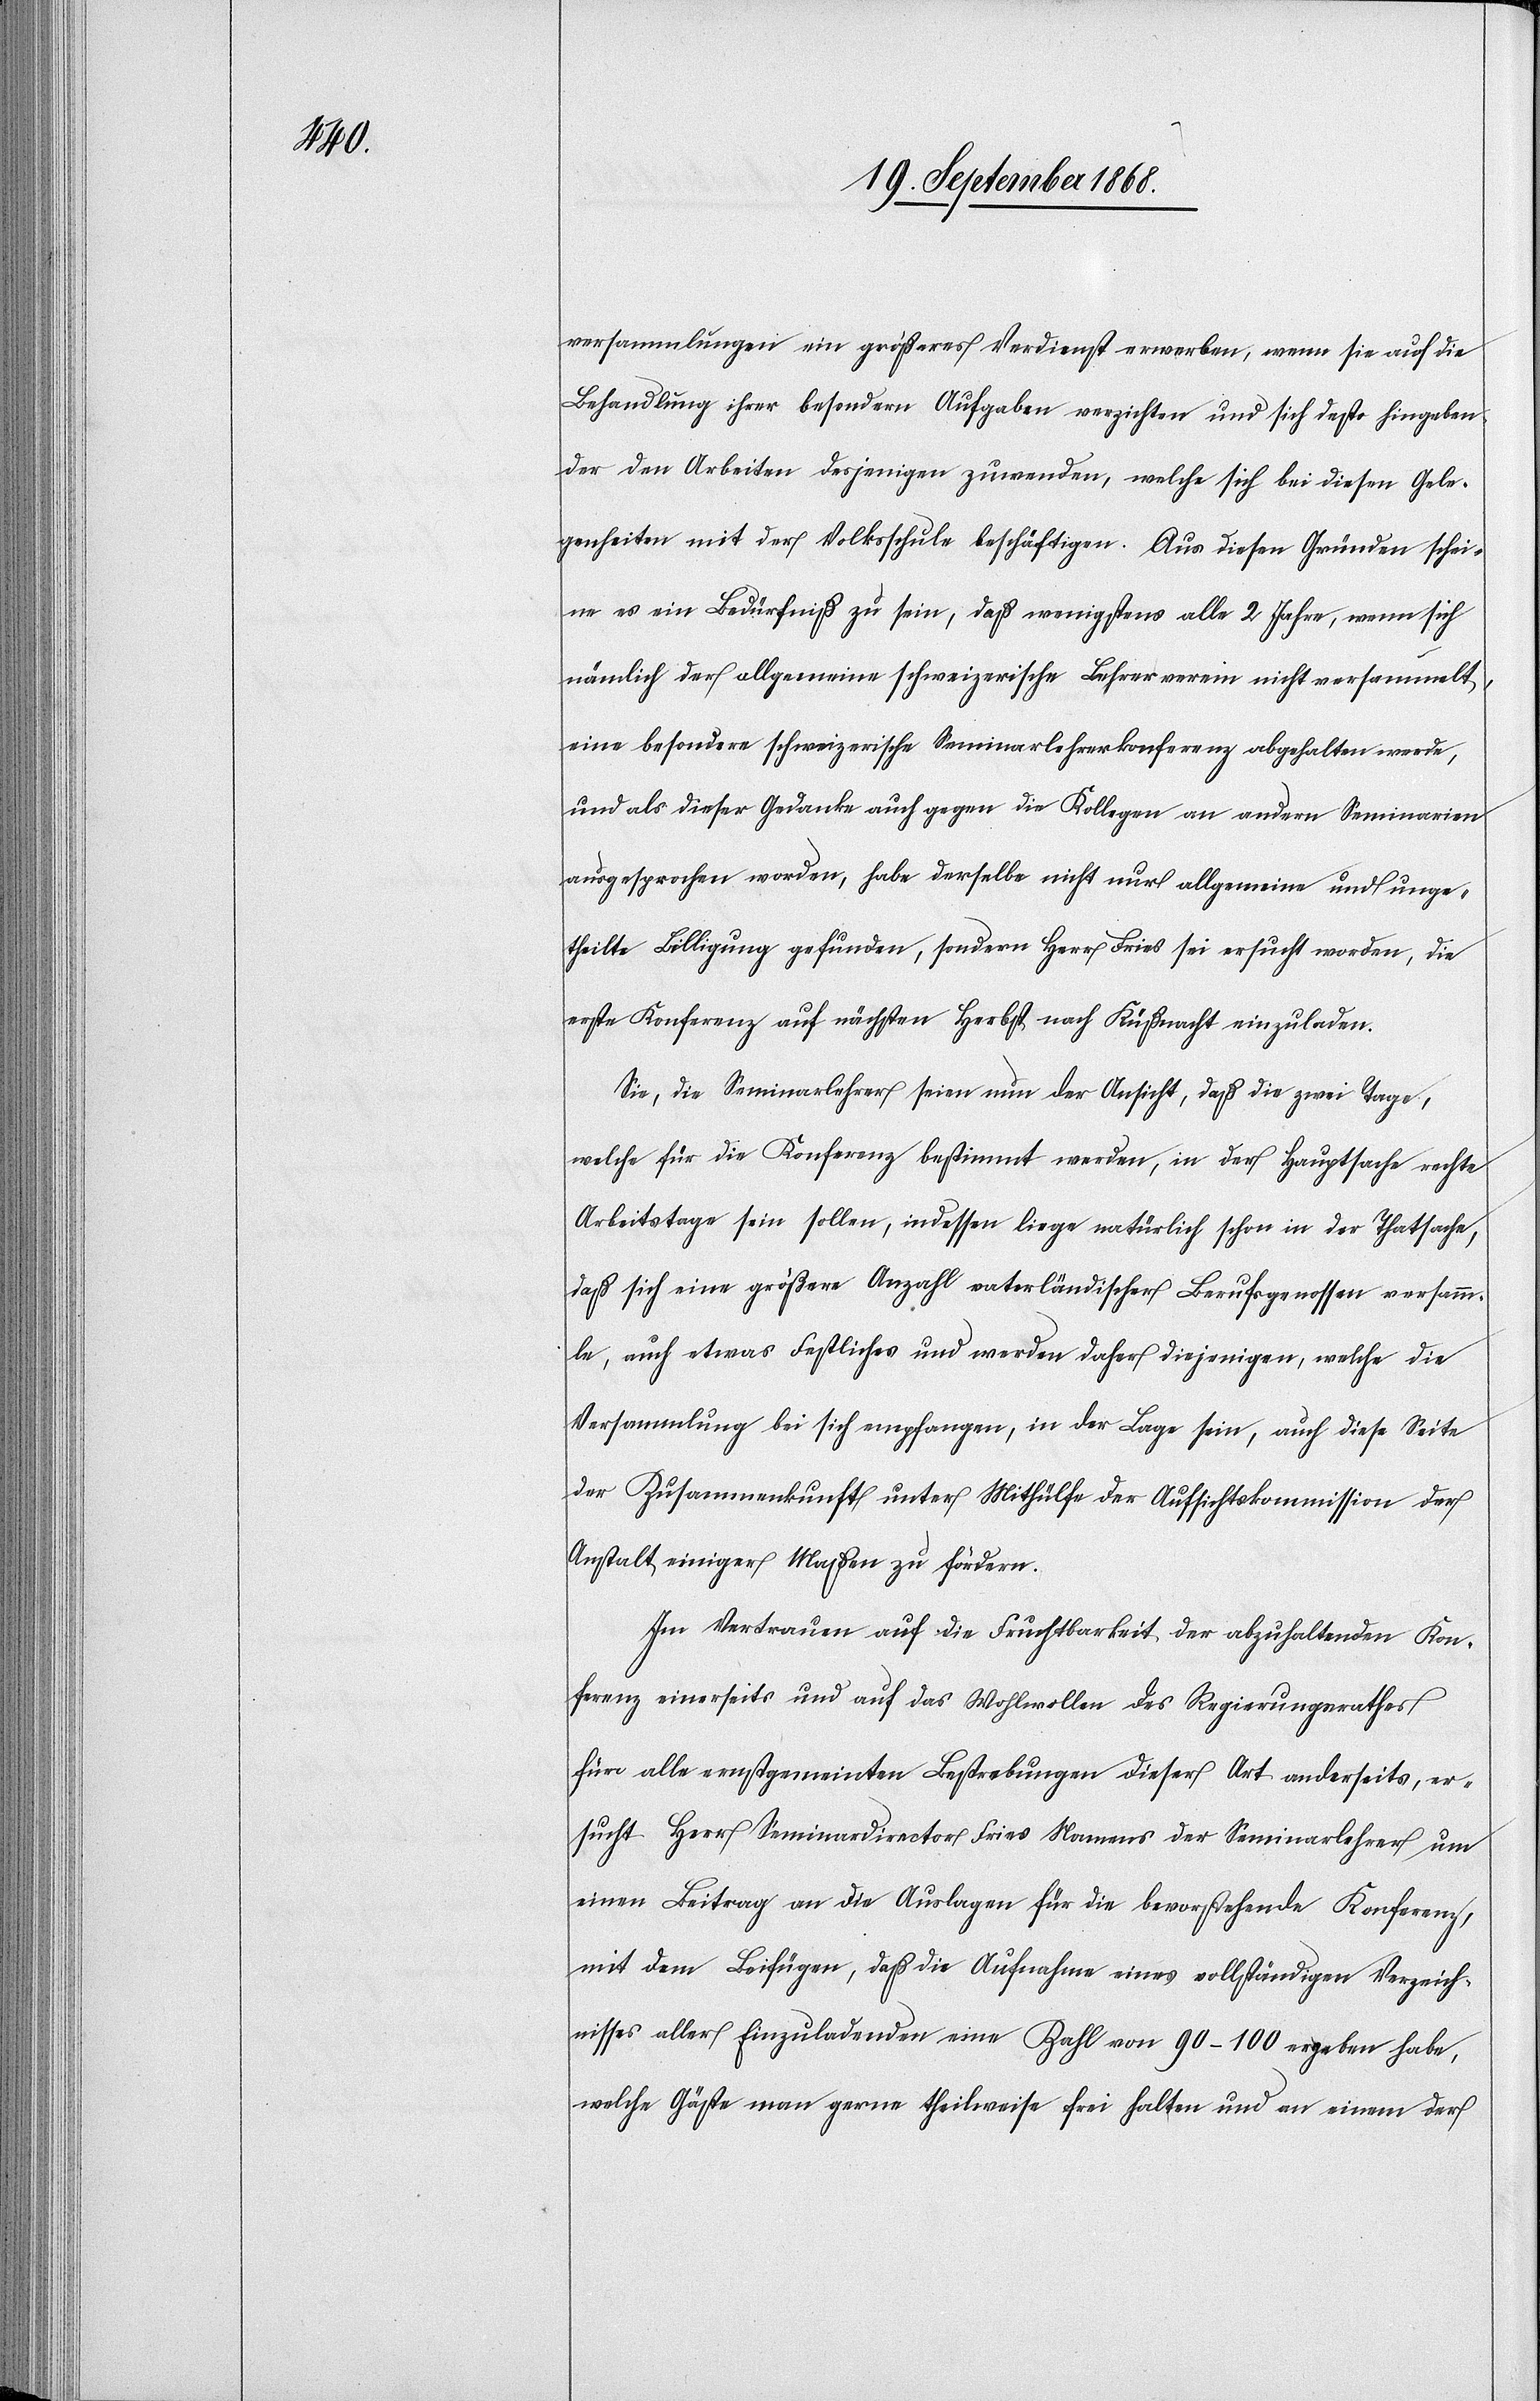
versammlungen ein größeres Verdienst erwerben, wenn sie auf die
Behandlung ihrer besondern Aufgaben verzichten und sich desto hingeben¬
der den Arbeiten desjenigen zuwenden, welche sich bei diesen Gele¬
genheiten mit der Volksschule beschäftigen. Aus diesen Gründen schei¬
ne es ein Bedürfniß zu sein, daß wenigstens alle 2 Jahre, wenn sich
nämlich der allgemeine schweizerische Lehrerverein nicht versammelt,
eine besondere schweizerische Seminarlehrerkonferenz abgehalten werde,
und als dieser Gedanke auch gegen die Kollegen an andern Seminarien
ausgesprochen worden, habe derselbe nicht nur allgemeine und unge¬
theilte Billigung gefunden, sondern Herr Fries sei ersucht worden, die
erste Konferenz auf nächsten Herbst nach Küßnacht einzuladen.
Sie, die Seminarlehrer seien nun der Ansicht, daß die zwei Tage,
welche für die Konferenz bestimmt werden, in der Hauptsache rechte
Arbeitstage sein sollen, indessen liege natürlich schon in der Thatsache,
daß sich eine größere Anzahl vaterländischer Berufsgenossen versamm¬
le, auch etwas Festliches und werden daher diejenigen, welche die
Versammlung bei sich empfangen, in der Lage sein, auch diese Seite
der Zusammenkunft unter Mithülfe der Aufsichtskommission der
Anstalt einiger Maßen zu fördern.
Im Vertrauen auf die Fruchtbarkeit der abzuhaltenden Kon¬
ferenz einerseits und auf das Wohlwollen des Regierungsrathes
für alle ernstgemeinten Bestrebungen dieser Art anderseits, er¬
sucht Herr Seminardirector Fries Namens der Seminarlehrer um
einen Beitrag an die Auslagen für die bevorstehende Konferenz,
mit dem Beifügen, daß die Aufnahme eines vollständigen Verzeich¬
nisses aller Einzuladenden eine Zahl von 90–100 ergeben habe,
welche Gäste man gerne theilweise frei halten und an einem der